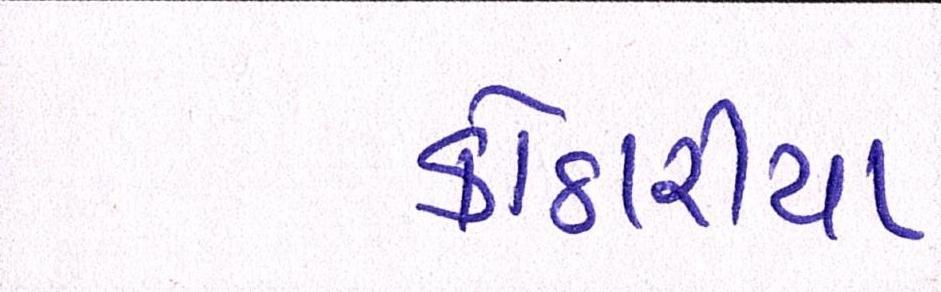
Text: કોઠારીયા